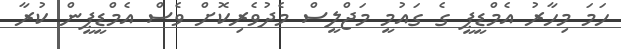
ހަމަ މިހާރު އެމްޑީޕީ ގެ ގައުމީ މަޖްލީސް މެދުވެރިކޮށް ވެސް އެމްޑީޕީން ކުރާ